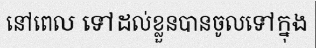
នៅពេល ទៅដល់ខ្លួនបានចូលទៅក្នុង